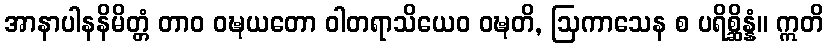
အာနာပါနနိမိတ္တံ တာဝ ဝဍ္ဎယတော ဝါတရာသိယေဝ ဝဍ္ဎတိ, ဩကာသေန စ ပရိစ္ဆိန္နံ။ ဣတိ